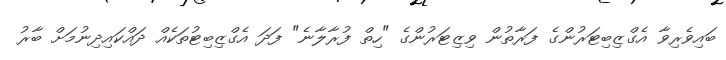
ބައިވެރިވާ އެގްޒިބިޓަރުންގެ ފަރާތުން ވިޒިޓަރުންގެ "ހިތް ފުރާލާނެ" ފަދަ އެގްޒިބިޓުތަކެއް ދައްކައިދިނުމަށް ބާރު